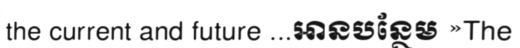
the current and future ...អានបន្ថែម »The